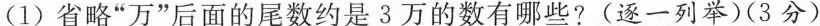
(1)省略”万”后面的尾数约是3万的数有哪些?(逐一列举)(3分)